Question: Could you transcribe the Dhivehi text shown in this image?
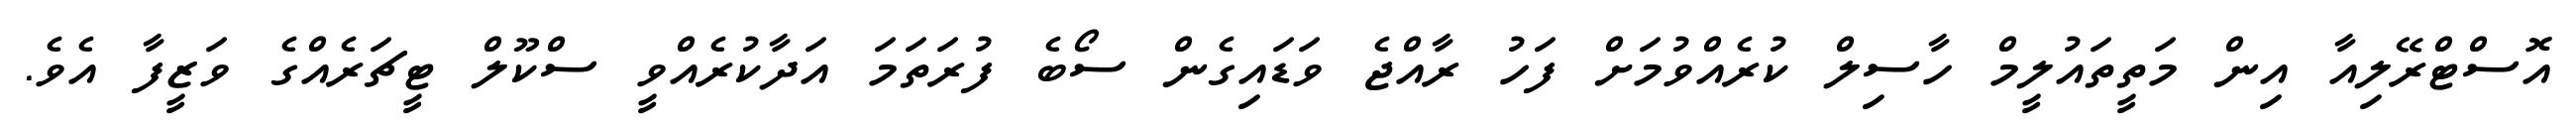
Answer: އޮސްޓްރޭލިއާ އިން މަތީތައުލީމް ހާސިލް ކުރެއްވުމަށް ފަހު ރާއްޖެ ވަޑައިގެން ސޯބެ ފުރަތަމަ އަދާކުރެއްވީ ސްކޫލް ޓީޗަރެއްގެ ވަޒީފާ އެވެ.